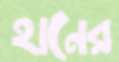
হানের